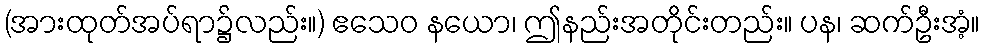
(အားထုတ်အပ်ရာ၌လည်း။) ဧသေဝ နယော၊ ဤနည်းအတိုင်းတည်း။ ပန၊ ဆက်ဦးအံ့။